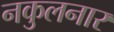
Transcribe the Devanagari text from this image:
नकुलनार